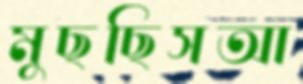
মুছছিসআ